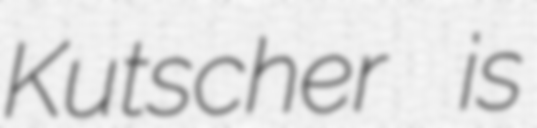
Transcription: Kutscher is